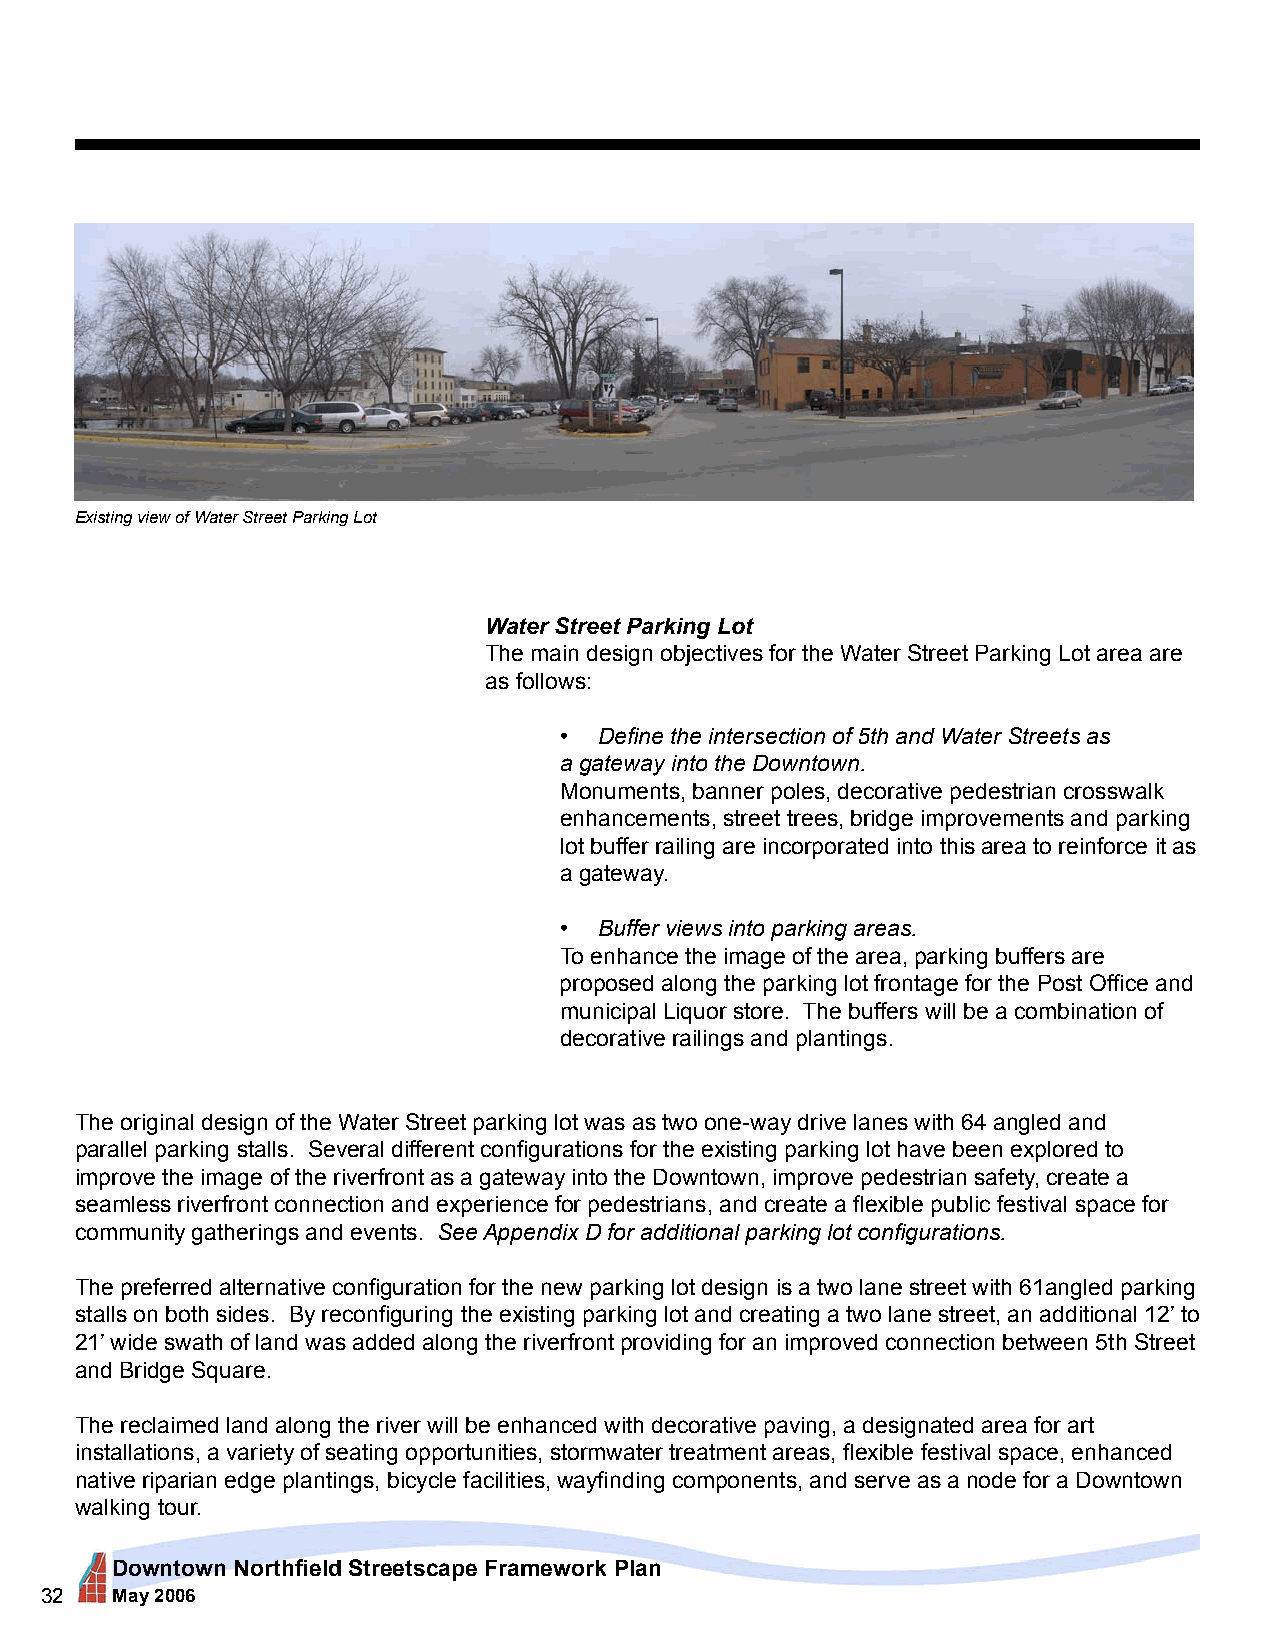
Existing view of Water Street Parking Lot
 Water Street Parking Lot
 The main design objectives for the Water Street Parking Lot area are
 as follows:
 •  Define the intersection of 5th and Water Streets as
 a gateway into the Downtown.
 Monuments, banner poles, decorative pedestrian crosswalk
 enhancements, street trees, bridge improvements and parking
 lot buffer railing are incorporated into this area to reinforce it as
 a gateway.
 •  Buffer views into parking areas.
 To enhance the image of the area, parking buffers are
 proposed along the parking lot frontage for the Post Office and
 municipal Liquor store. The buffers will be a combination of
 decorative railings and plantings.
 The original design of the Water Street parking lot was as two one-way drive lanes with 64 angled and
 parallel parking stalls. Several different configurations for the existing parking lot have been explored to
 improve the image of the riverfront as a gateway into the Downtown, improve pedestrian safety, create a
 seamless riverfront connection and experience for pedestrians, and create a flexible public festival space for
 community gatherings and events. See Appendix D for additional parking lot configurations.
 The preferred alternative configuration for the new parking lot design is a two lane street with 61angled parking
 stalls on both sides. By reconfiguring the existing parking lot and creating a two lane street, an additional 12’ to
 21’ wide swath of land was added along the riverfront providing for an improved connection between 5th Street
 and Bridge Square.
 The reclaimed land along the river will be enhanced with decorative paving, a designated area for art
 installations, a variety of seating opportunities, stormwater treatment areas, flexible festival space, enhanced
 native riparian edge plantings, bicycle facilities, wayfinding components, and serve as a node for a Downtown
 walking tour.
 Downtown Northfield Streetscape Framework Plan
 32  May 2006